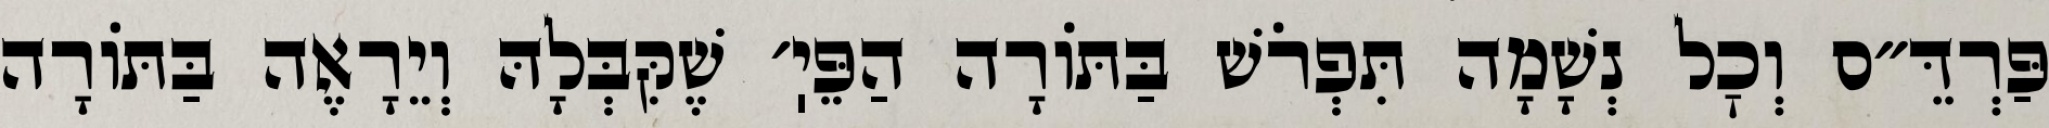
פַּרְדֵּ״ס וְכׇל נְשָׁמָה תִּפְרֹשׁ בַּתּוֹרָה הַפֵּיֽ׳ שֶׁקִּבְּלָהּ וְיֵרָאֶה בַּתּוֹרָה